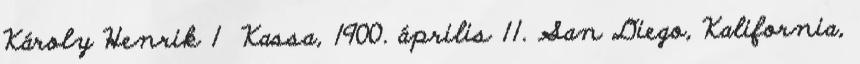
Károly Henrik 1 Kassa, 1900. április 11. San Diego, Kalifornia,